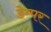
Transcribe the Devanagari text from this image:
डेम्पर